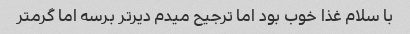
با سلام غذا خوب بود اما ترجیح میدم دیر‌تر برسه اما گرمتر